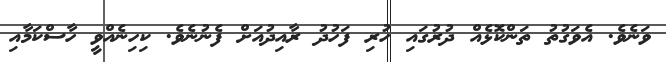
ވަނެވެ. އެވަގުތު ތަންކޮޅެއް ދުރުގައި ހުރި ފަހުދު ރާއިދުއަށް ފެނުނެވެ. ކިހިނެއްވީ ހާސްކަމާއި